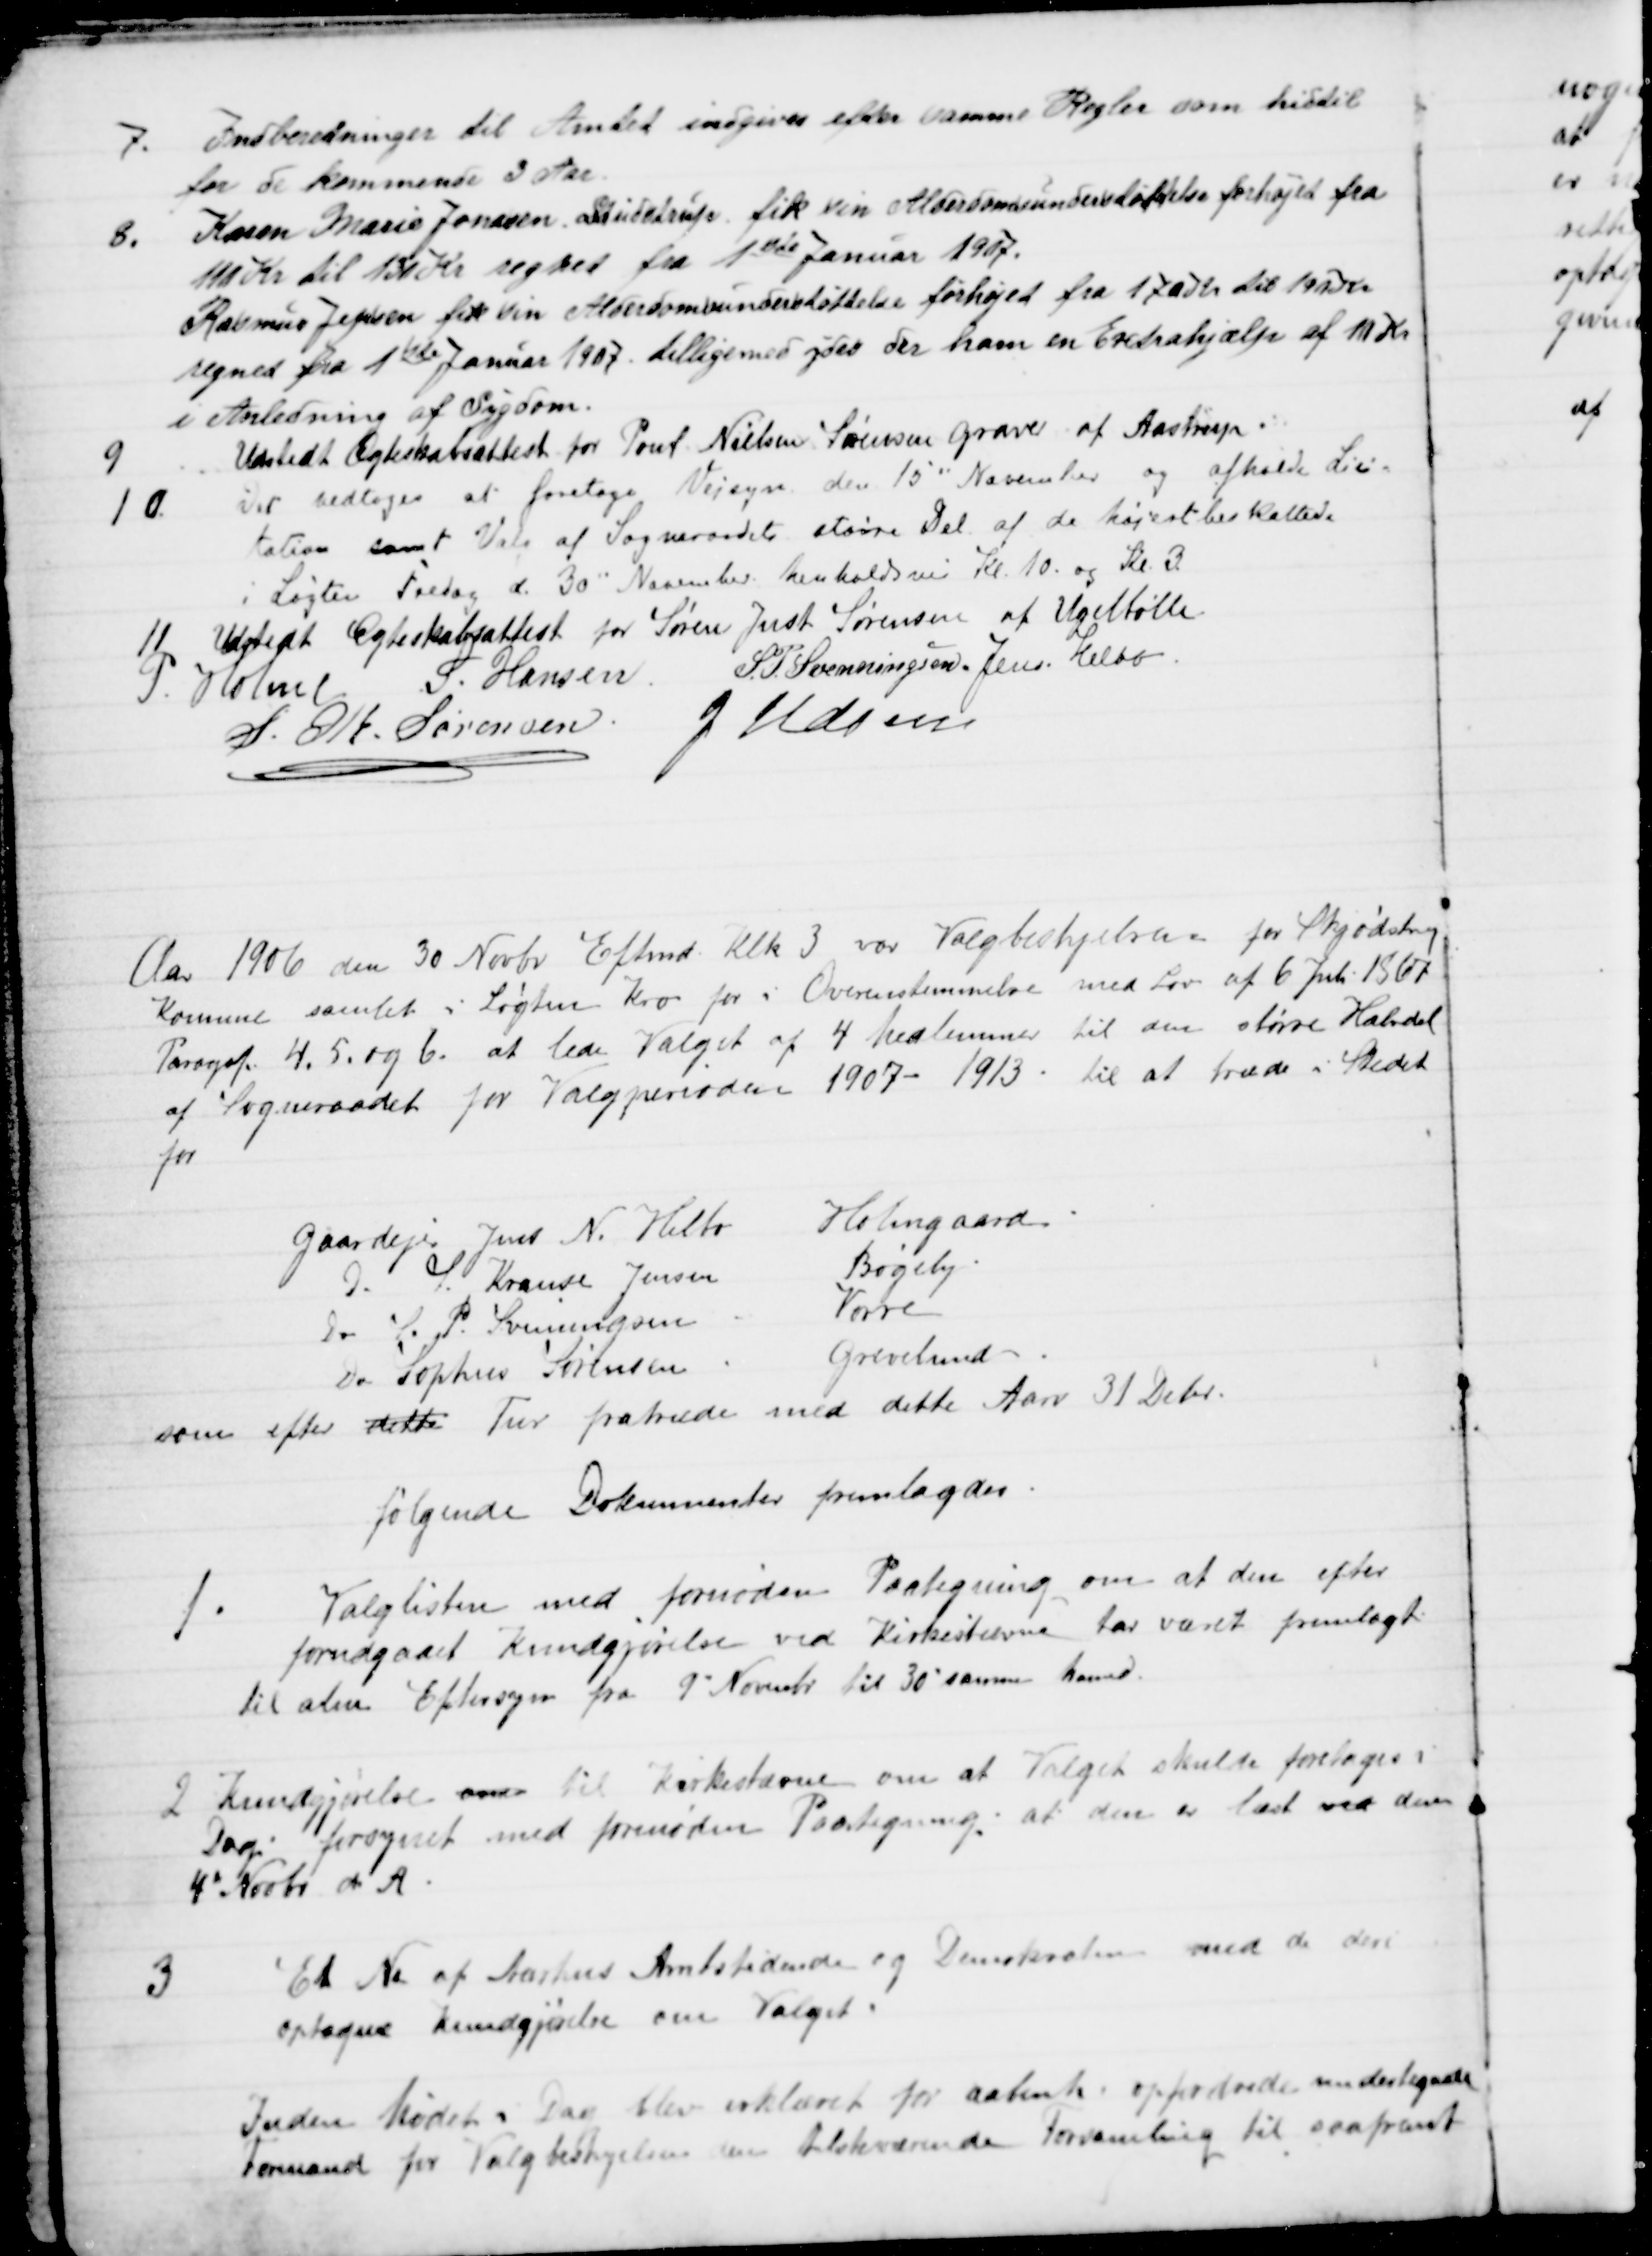
Transskription:
7.
Indberetninger til Amtet indgives efter samme Regler som hidtil
for de kommende 3 Aar.
8.
Karen Marie Jonasen Studstrup fik sin Alderdomsunderstøttelse forhøjet fra
110 Kr til 130 Kr regnet fra 1ste Januar 1907.
Rasmus Jepsen fik om Alderdomsunderstøttelse forhøjet fra 170 Kr til 190 Kr.
regnet fra 1ste Januar 1907. tilligemed ydes der ham en Extrahjælp af 10 Kr
i Anledning af Sygdom.
9
Udstedt Ægteskabsattest for Poul Nielsen Sørensen Graver af Aastrup.
10.
Det vedtoges at foretage Vejsyn den 15" November og afholde Lici=
tation samt Valg af Sogneraadets større Del af de højest beskattede
i Løgten Fredag d. 30" November henholdsvis Kl. 10. og Kl. 3.
11
Udstedt Ægteskabsattest for Søren Just Sørensen af Ugelbølle
P. Holme S. Hansen S. P. Svenningsen Jens Helbo
S. M. Sørensen J. Udsen
Aar 1906 den 30 Novbr Eftmd. Klk 3 var Valgbestyrelsen for Skjødstrup
Komune samlet i Løgten Kro for i Overenstemmelse med Lov af 6 Juli 1867
Paragaf. 4, 5. og 6. at lede Valget af 4 Medlemmer til den større Halvdel
af Sogneraadet for Valgperioden 1907 - 1913 . til at træde i Stedet
for
Gaardejer Jens N. Helbo
Holmgaard
do. S. Krause Jensen
Bøgely
do S. P. Svenningsen
Vorre
Do Sophus Sørensen
Grevelund
som efter dette Tur fratræde med dette Aars 31 Debr.
følgende Dokumenter fremlagdes
1.
Valglisten med fornøden Paategning om at den efter
forudgaaet Kundgjørelse ved Kirkestævne har været fremlagt
til alm Eftersyn fra 9" November til 30" samme Maaned.
2 Kundgjørelse over til Kirkestævne om at Valget skulde foretages i
Dag forsynet med fornøden Paategning at den er læst ved den
4" Novbr. d. A.
3
Et No af Aarhus Amtstidende og Demokraten med de deri
optagne Kundgjørelse om Valget.
Inden Mødet i Dag blev erklæret for aabent opfordrede undertegnede
Formand for Valgbestyrelsen den tilstedeværende Forsamling til saafremt